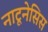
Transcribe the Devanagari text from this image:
नाटूनेसिस